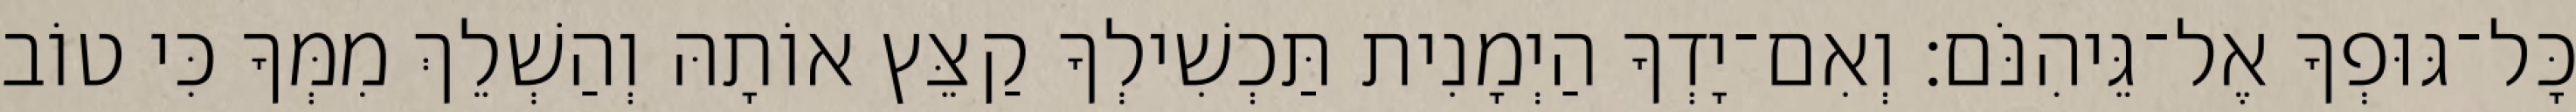
כָּל־גּוּפְךָ אֶל־גֵּיהִנֹּם׃ וְאִם־יָדְךָ הַיְמָנִית תַּכְשִׁילְךָ קַצֵּץ אוֹתָהּ וְהַשְׁלֵךְ מִמְּךָ כִּי טוֹב